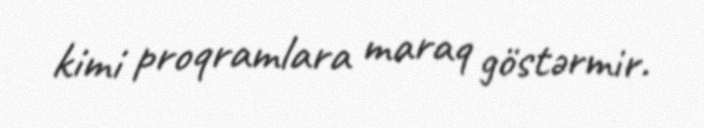
kimi proqramlara maraq göstərmir.